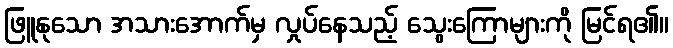
ဖြူနုသော အသားအောက်မှ လှုပ်နေသည့် သွေးကြောများကို မြင်ရ၏။